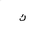
Letter: _kaf